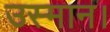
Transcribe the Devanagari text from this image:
उस्मान।